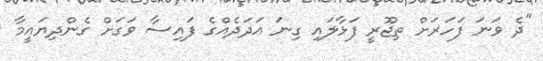
"ދެ ވަނަ ފަހަރަށް ތިޖޫރީ ފަޅާލައި ގިނަ އަދަދެއްގެ ފައިސާ ވަގަށް ގެންދިޔައީމާ